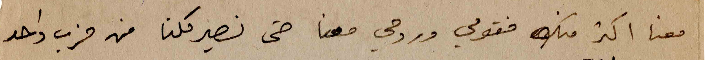
معنا اكتر منك فقومي وروحي معنا حتى نصير كلنا من حزب واحد